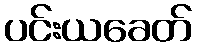
ပင်းယခေတ်